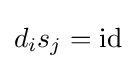
d_{i}s_{j}={\text{id}}